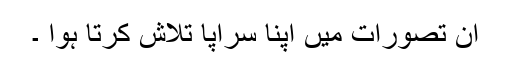
ان تصورات میں اپنا سراپا تلاش کرتا ہوا ۔